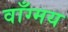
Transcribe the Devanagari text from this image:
वाँग्मय